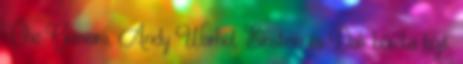
Che Guevara, Andy Warhol, Einstein és Dalí bőréba bújt.